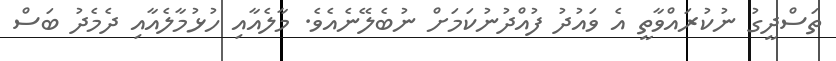
ތަސްދީގު ނުކުރައްވާތީ އެ ވައުދު ފުއްދުނުކަމަށް ނުބެލޭނެއެވެ. މާލެއާއި ހުޅުމާލެއާއި ދެމެދު ބަސް